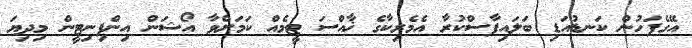
އޭގެފަހުން ކަނޑުއަޑި ބަލައިފާސްކުރާ އެމެރިކާގެ ޚާއްސަ ޓީމެއް ކަމަށްވާ އޯޝަން އިންފިނިޓީން މިދިޔަ